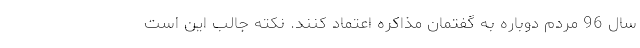
سال 96 مردم دوباره به گفتمان مذاکره اعتماد کنند. نکته جالب این است